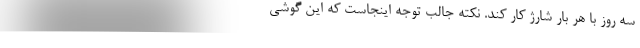
سه روز با هر بار شارژ کار کند. نکته جالب توجه اینجاست که این گوشی